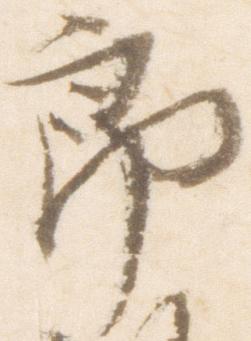
郎